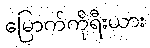
မြောက်ကိုရီးယား